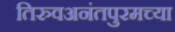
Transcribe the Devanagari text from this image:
तिरुवअनंतपुरमच्या